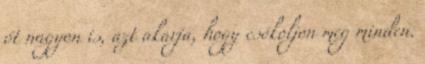
őt nagyon is, azt akarja, hogy csókoljon meg minden.